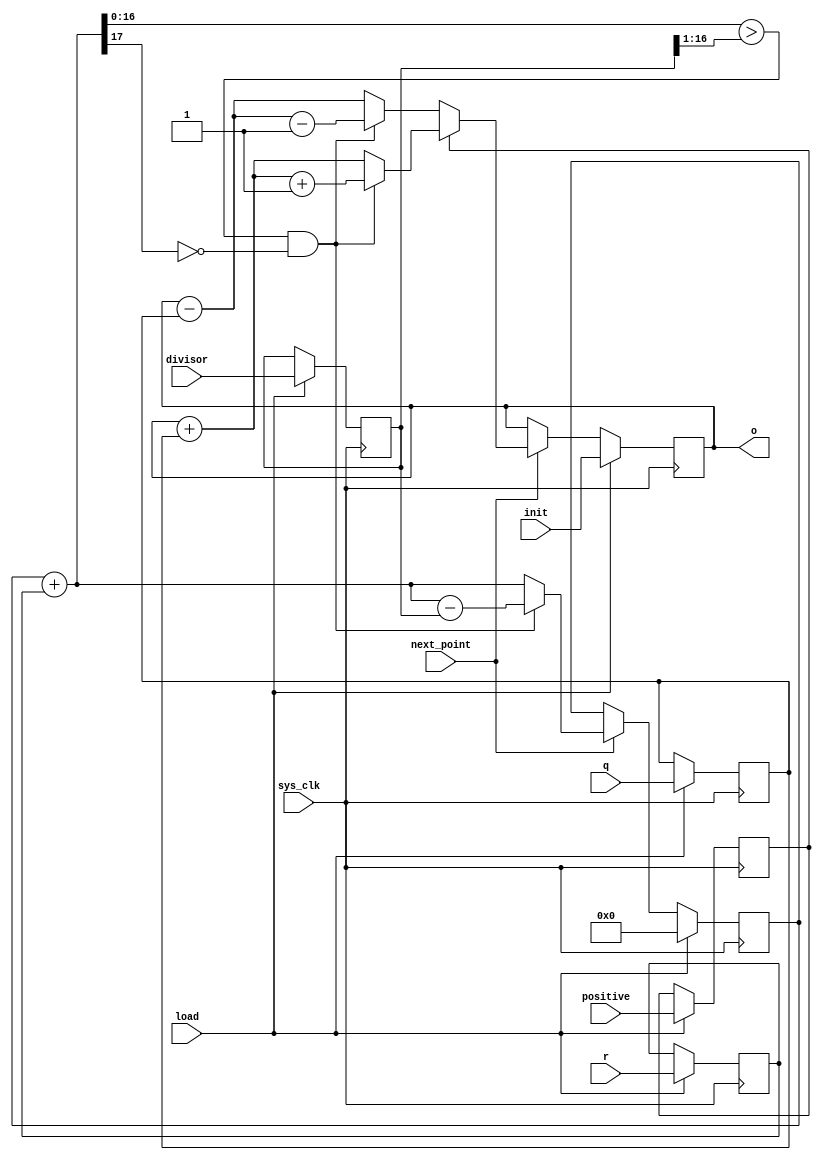
/*
 * Milkymist SoC
 * Copyright (C) 2007, 2008, 2009, 2010 Sebastien Bourdeauducq
 *
 * This program is free software: you can redistribute it and/or modify
 * it under the terms of the GNU General Public License as published by
 * the Free Software Foundation, version 3 of the License.
 *
 * This program is distributed in the hope that it will be useful,
 * but WITHOUT ANY WARRANTY; without even the implied warranty of
 * MERCHANTABILITY or FITNESS FOR A PARTICULAR PURPOSE.  See the
 * GNU General Public License for more details.
 *
 * You should have received a copy of the GNU General Public License
 * along with this program.  If not, see <http://www.gnu.org/licenses/>.
 */

module tmu2_geninterp18(
	input sys_clk,

	input load,
	input next_point,
	input signed [17:0] init,
	input positive,
	input [16:0] q,
	input [16:0] r,
	input [16:0] divisor,

	output signed [17:0] o
);

reg positive_r;
reg [16:0] q_r;
reg [16:0] r_r;
reg [16:0] divisor_r;

always @(posedge sys_clk) begin
	if(load) begin
		positive_r <= positive;
		q_r <= q;
		r_r <= r;
		divisor_r <= divisor;
	end
end

reg [17:0] err;
reg correct;
reg signed [17:0] o_r;
assign o = o_r;

always @(posedge sys_clk) begin
	if(load) begin
		err = 18'd0;
		o_r = init;
	end else if(next_point) begin
		err = err + r_r;
		correct = (err[16:0] > {1'b0, divisor_r[16:1]}) & ~err[17];
		if(positive_r) begin
			o_r = o_r + {1'b0, q_r};
			if(correct)
				o_r = o_r + 18'd1;
		end else begin
			o_r = o_r - {1'b0, q_r};
			if(correct)
				o_r = o_r - 18'd1;
		end
		if(correct)
			err = err - {1'b0, divisor_r};
	end
end

endmodule